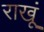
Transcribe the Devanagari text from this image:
राखूं